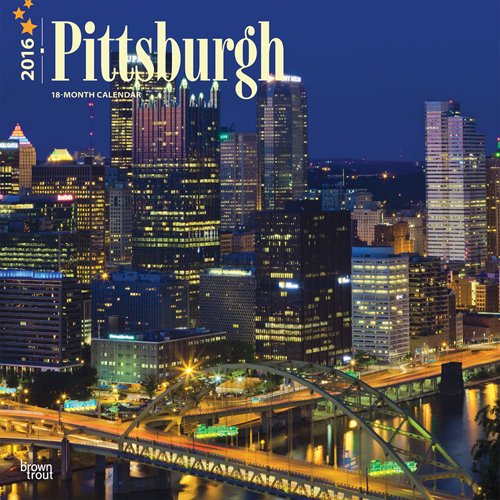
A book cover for Pittsburgh 2016 Square 12x12; Browntrout Publishers; Travel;